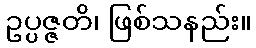
ဥပ္ပဇ္ဇတိ၊ ဖြစ်သနည်း။